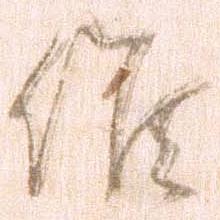
候